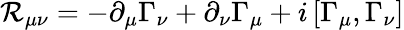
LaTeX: \mathcal{R}_{\mu\nu}=-\partial_{\mu}\Gamma_{\nu}+\partial_{\nu}\Gamma_{\mu}+i\left[\Gamma_{\mu},\Gamma_{\nu}\right]